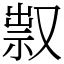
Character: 𠭥